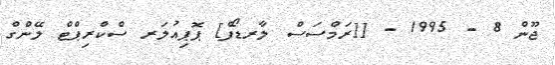
ޖޫން 8 - 1995 - [[ރަމްސަސް ލާރޑޯފް] ޕޮޕިއުލަރ ސްކްރިޕްޓް ލޭންގް